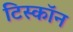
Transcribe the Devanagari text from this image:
टिस्कॉन